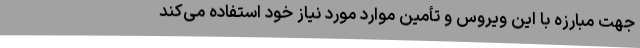
جهت مبارزه با این ویروس و تأمین موارد مورد نیاز خود استفاده می‌کند